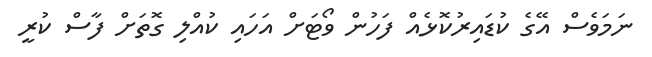
ނަމަވެސް އޭގެ ކުޑައިރުކޮޅެއް ފަހުން ވޯޓަށް އަހައި ކުއްލި ގޮތަށް ފާސް ކުރީ